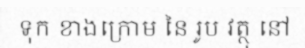
ទុក ខាងក្រោម នៃ រូប វត្ថុ នៅ